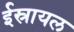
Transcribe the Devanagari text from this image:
ईस्रायल